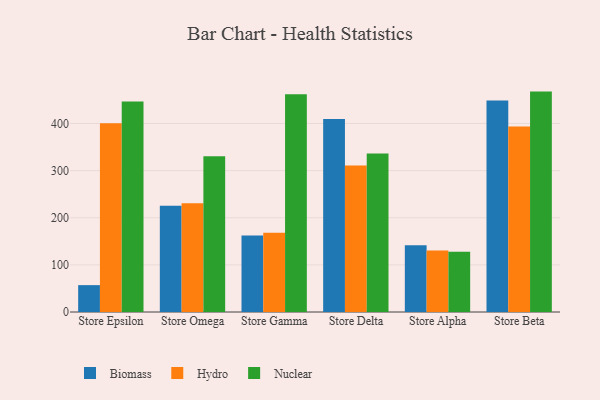
{"axis": {"x": "Store", "y": "Budget (USD K)"}, "legend": ["Biomass", "Hydro", "Nuclear"], "data": [{"x": "Store Epsilon", "y": 57.0, "type": "Biomass"}, {"x": "Store Epsilon", "y": 400.6, "type": "Hydro"}, {"x": "Store Epsilon", "y": 446.8, "type": "Nuclear"}, {"x": "Store Omega", "y": 225.2, "type": "Biomass"}, {"x": "Store Omega", "y": 230.8, "type": "Hydro"}, {"x": "Store Omega", "y": 330.7, "type": "Nuclear"}, {"x": "Store Gamma", "y": 162.1, "type": "Biomass"}, {"x": "Store Gamma", "y": 168.2, "type": "Hydro"}, {"x": "Store Gamma", "y": 461.9, "type": "Nuclear"}, {"x": "Store Delta", "y": 409.3, "type": "Biomass"}, {"x": "Store Delta", "y": 311.0, "type": "Hydro"}, {"x": "Store Delta", "y": 336.1, "type": "Nuclear"}, {"x": "Store Alpha", "y": 141.6, "type": "Biomass"}, {"x": "Store Alpha", "y": 130.5, "type": "Hydro"}, {"x": "Store Alpha", "y": 128.0, "type": "Nuclear"}, {"x": "Store Beta", "y": 448.8, "type": "Biomass"}, {"x": "Store Beta", "y": 393.6, "type": "Hydro"}, {"x": "Store Beta", "y": 467.6, "type": "Nuclear"}]}